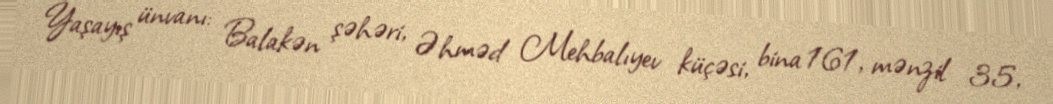
Yaşayış ünvanı: Balakən şəhəri, Əhməd Mehbalıyev küçəsi, bina 161, mənzil 35,